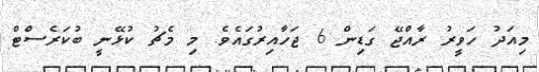
މިއަދު ހަވީރު ރާއްޖޭ ގަޑިން 6 ޖަހާއިރުގައެވެ. މި މެޗު ކުޅޭނީ ބުކަރެސްޓް